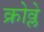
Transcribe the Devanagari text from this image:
क्रोव्ले